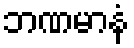
ဘဏမာနံ